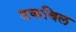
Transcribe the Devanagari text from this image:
डकबिल